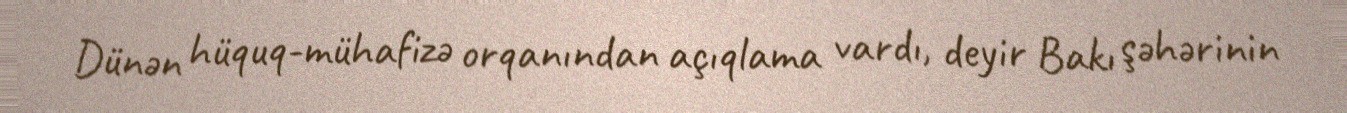
Dünən hüquq-mühafizə orqanından açıqlama vardı, deyir Bakı şəhərinin